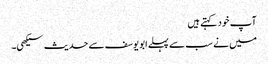
آپ خود کہتے ہیں
میں نے سب سے پہلے ابویوسف سے حدیث سیکھی۔